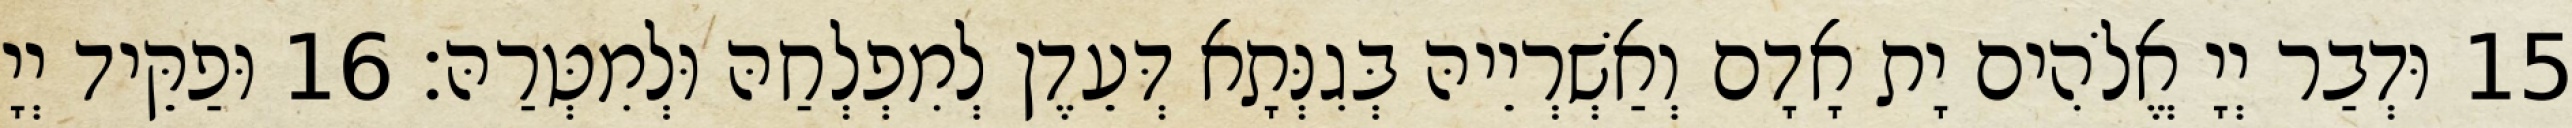
15 וּדְבַר יְיָ אֱלֹהִים יָת אָדָם וְאַשְׁרְיֵיהּ בְּגִנְּתָא דְּעֵדֶן לְמִפְלְחַהּ וּלְמִטְּרַהּ׃ 16 וּפַקֵּיד יְיָ